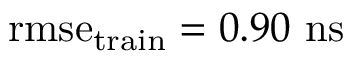
\mathrm { r m s e } _ { \mathrm { t r a i n } } = 0 . 9 0 ~ \mathrm { n s }